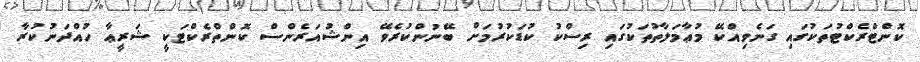
ކޮންޓްރެކްޓުތަކުގައި ގަނެވިއްކޭ މުޢާމަލާތުތަކުގައި ރިސްކު ކުޑަކުރުމަށް ބޭނުންކުރެވޭ އިންޝުއަރެންސް ކޮންތްރެކްޓަކީ ޝަރީޢާ ހުއްދަނުކުރާ